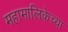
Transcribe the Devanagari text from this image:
महामालिकेच्या